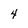
Character: 4